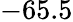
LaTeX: -65.5